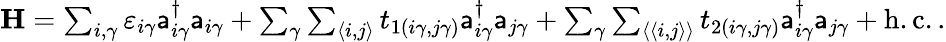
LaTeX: \begin{array}{r}{{\mathbf H}=\sum_{i,\gamma}\varepsilon_{i\gamma}\mathsf{a}_{i\gamma}^{\dagger}\mathsf{a}_{i\gamma}+\sum_{\gamma}\sum_{\langle i,j\rangle}t_{1(i\gamma,j\gamma)}\mathsf{a}_{i\gamma}^{\dagger}\mathsf{a}_{j\gamma}+\sum_{\gamma}\sum_{\langle\langle i,j\rangle\rangle}t_{2(i\gamma,j\gamma)}\mathsf{a}_{i\gamma}^{\dagger}\mathsf{a}_{j\gamma}+\mathrm{h.c.}\, .}\end{array}